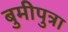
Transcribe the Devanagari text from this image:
बुमीपुत्रा